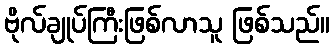
ဗိုလ်ချုပ်ကြီးဖြစ်လာသူ ဖြစ်သည်။